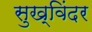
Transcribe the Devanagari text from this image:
सुख्विंदर